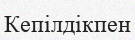
Кепілдікпен